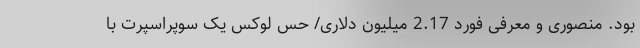
بود. منصوری و معرفی فورد 2.17 میلیون دلاری/ حس لوکس یک سوپراسپرت با